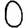
Digit: 0